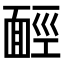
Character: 𩈡